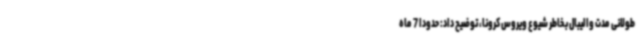
طولانی مدت والیبال بخاطر شیوع ویروس کرونا، توضیح داد: حدودا 7 ماه